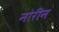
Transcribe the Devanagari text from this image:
नोरीन